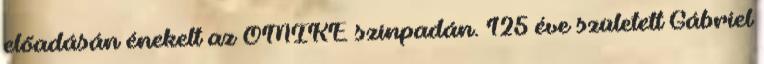
előadásán énekelt az OMIKE színpadán. 125 éve született Gábriel